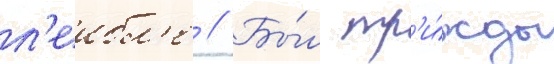
л'еибл'е // Бы́л тр'и́жды